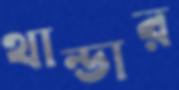
থান্ডার